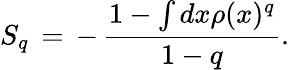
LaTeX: S_{q}\, =\, -\, \frac{1-\int dx\rho(x)^{q}}{1-q}.